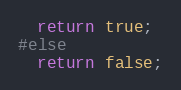
Language: C++
  return true;
#else
  return false;